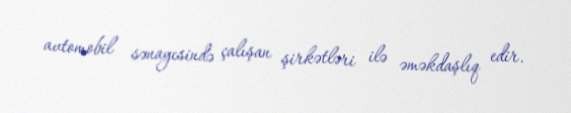
avtomobil sənayesində çalışan şirkətləri ilə əməkdaşlıq edir.